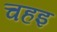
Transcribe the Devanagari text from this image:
चहइ